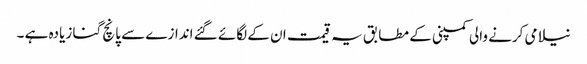
نیلامی کرنے والی کمپنی کے مطابق یہ قیمت ان کے لگائے گئے اندازے سے پانچ گنا زیادہ ہے ۔